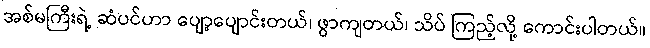
အစ်မကြီးရဲ့ ဆံပင်ဟာ ပျော့ပျောင်းတယ်၊ ဖွာကျတယ်၊ သိပ် ကြည့်လို့ ကောင်းပါတယ်။